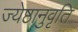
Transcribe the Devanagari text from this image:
ज्येष्ठानुवृति